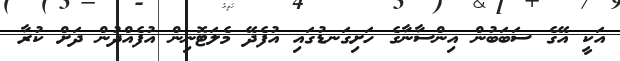
އަކީ އޭގެ ސަބަބުން އިންސާނާގެ ހަށިގަނޑުގައި އުފެދޭ މެލަޓޮނިން އުފެއްދުން ދަށް ކުރާ